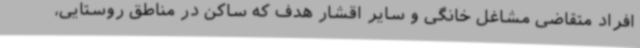
افراد متقاضی مشاغل خانگی و سایر اقشار هدف که ساکن در مناطق روستایی،